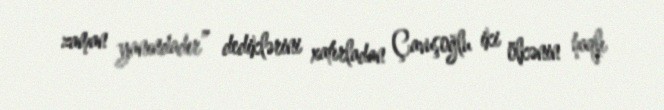
zaman yanındadır” dediklərini xatırladan Çavuşoğlu iki ölkənin haqlı